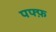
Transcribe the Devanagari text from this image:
पफ्फ़